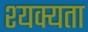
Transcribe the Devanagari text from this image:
श्यक्यता